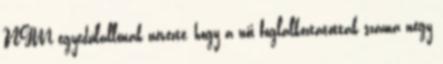
NGM egyedülállónak nevezte, hogy a női foglalkoztatottak száma négy